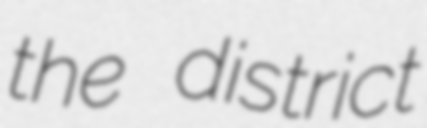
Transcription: the district